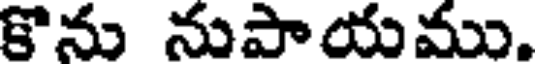
కొను నుపాయము.